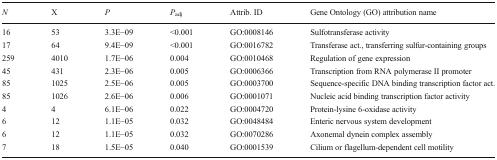
<table><thead><tr><td><b><i>N</i></b></td><td><b>X</b></td><td><b><i>P</i></b></td><td><b><i>P</i><sub>adj</sub></b></td><td><b>Attrib. ID</b></td><td><b>Gene Ontology (GO) attribution name</b></td></tr></thead><tbody><tr><td>16</td><td>53</td><td>3.3E−09</td><td>&lt;0.001</td><td>GO:0008146</td><td>Sulfotransferase activity</td></tr><tr><td>17</td><td>64</td><td>9.4E−09</td><td>&lt;0.001</td><td>GO:0016782</td><td>Transferase act., transferring sulfur-containing groups</td></tr><tr><td>259</td><td>4010</td><td>1.7E−06</td><td>0.004</td><td>GO:0010468</td><td>Regulation of gene expression</td></tr><tr><td>45</td><td>431</td><td>2.3E−06</td><td>0.005</td><td>GO:0006366</td><td>Transcription from RNA polymerase II promoter</td></tr><tr><td>85</td><td>1025</td><td>2.5E−06</td><td>0.005</td><td>GO:0003700</td><td>Sequence-specific DNA binding transcription factor act.</td></tr><tr><td>85</td><td>1026</td><td>2.6E−06</td><td>0.006</td><td>GO:0001071</td><td>Nucleic acid binding transcription factor activity</td></tr><tr><td>4</td><td>4</td><td>6.1E−06</td><td>0.022</td><td>GO:0004720</td><td>Protein-lysine 6-oxidase activity</td></tr><tr><td>6</td><td>12</td><td>1.1E−05</td><td>0.032</td><td>GO:0048484</td><td>Enteric nervous system development</td></tr><tr><td>6</td><td>12</td><td>1.1E−05</td><td>0.032</td><td>GO:0070286</td><td>Axonemal dynein complex assembly</td></tr><tr><td>7</td><td>18</td><td>1.5E−05</td><td>0.040</td><td>GO:0001539</td><td>Cilium or flagellum-dependent cell motility</td></tr></tbody></table>